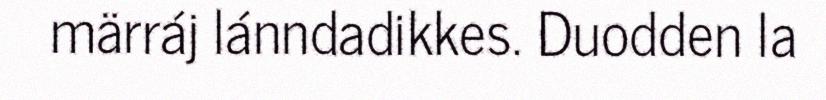
märráj lánndadikkes. Duodden la